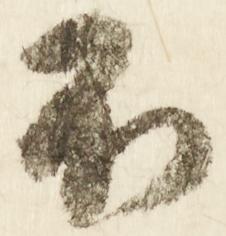
不